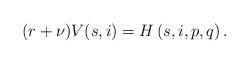
LaTeX: \begin{align*} (r+\nu)V(s,i)=H\left(s,i,p,q\right).\end{align*}